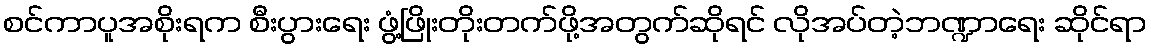
စင်ကာပူအစိုးရက စီးပွားရေး ဖွံ့ဖြိုးတိုးတက်ဖို့အတွက်ဆိုရင် လိုအပ်တဲ့ဘဏ္ဍာရေး ဆိုင်ရာ